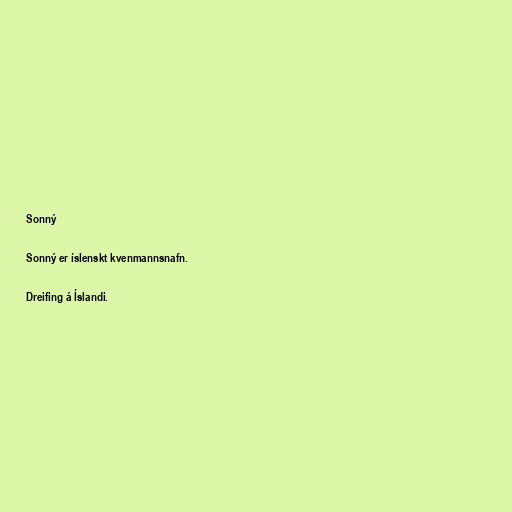
Sonný

Sonný er íslenskt kvenmannsnafn.

Dreifing á Íslandi.